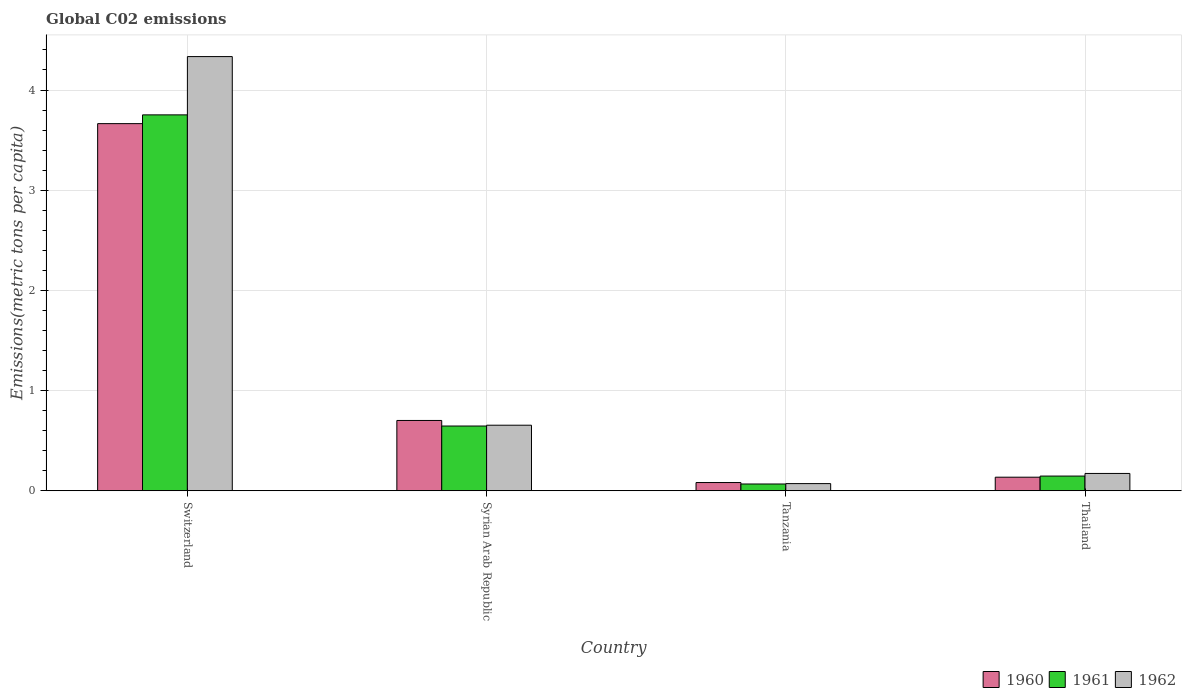
| Country | 1960 | 1961 | 1962 |
 | --- | --- | --- | --- |
 | Switzerland | 3.66 | 3.75 | 4.33 |
 | Syrian Arab Republic | 0.702 | 0.646 | 0.654 |
 | Tanzania | 0.0823 | 0.0679 | 0.0717 |
 | Thailand | 0.136 | 0.147 | 0.173 |